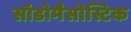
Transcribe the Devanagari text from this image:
सॉडोमैसोस्टिक